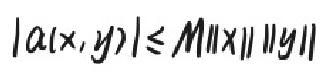
$|a(x,y)|\leq M\|x\|\|y\|$